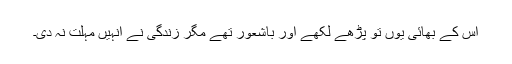
اس کے بھائی یوں تو پڑھے لکھے اور باشعور تھے مگر زندگی نے انہیں مہلت نہ دی۔